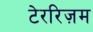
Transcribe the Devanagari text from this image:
टेररिज़म